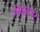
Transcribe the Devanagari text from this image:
गिधाडांवर